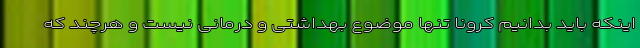
اینکه باید بدانیم کرونا تنها موضوع بهداشتی و درمانی نیست و هرچند که